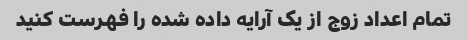
تمام اعداد زوج از یک آرایه داده شده را فهرست کنید